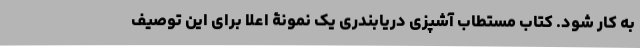
به کار شود. کتاب مستطاب آشپزی دریابندری یک نمونۀ اعلا برای این توصیف